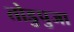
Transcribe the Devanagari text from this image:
तोडुपुजा